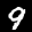
Label: 9